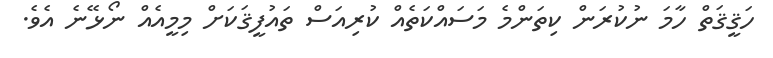
ހަޤީޤަތް ހާމަ ނުކުރަން ކިތަންމެ މަސައްކަތެއް ކުރިއަސް ތައުފީޤަކަށް މިމީއެއް ނޯޅޭނެ އެވެ.